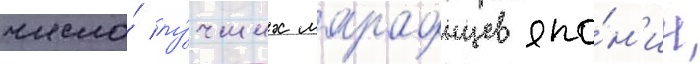
число́ лу́чших марафонцев япо́н'ии